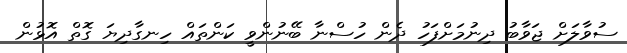
ސުވާލަށް ޖަވާބު ދިނުމަށްފަހު ދެން ހުސްނާ ބޭނުންވީ ކަންތައް ހިނގާދިޔަ ގޮތް އޮޅުން